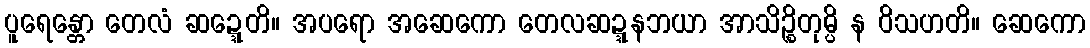
ပူရေန္တော တေလံ ဆဍ္ဍေတိ။ အပရော အဆေကော တေလဆဍ္ဍနဘယာ အာသိဉ္စိတုမ္ပိ န ဝိသဟတိ။ ဆေကော